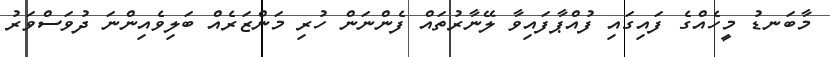
މާބަނޑު މީހެއްގެ ފައިގައި ފުއްޕާފައިވާ ލޭނާރުތައް ފެންނަން ހުރި މަންޒަރެއް ބަލިވެއިންނަ ދުވަސްވަރު